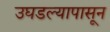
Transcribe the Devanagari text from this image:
उघडल्यापासून